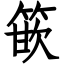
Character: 篏